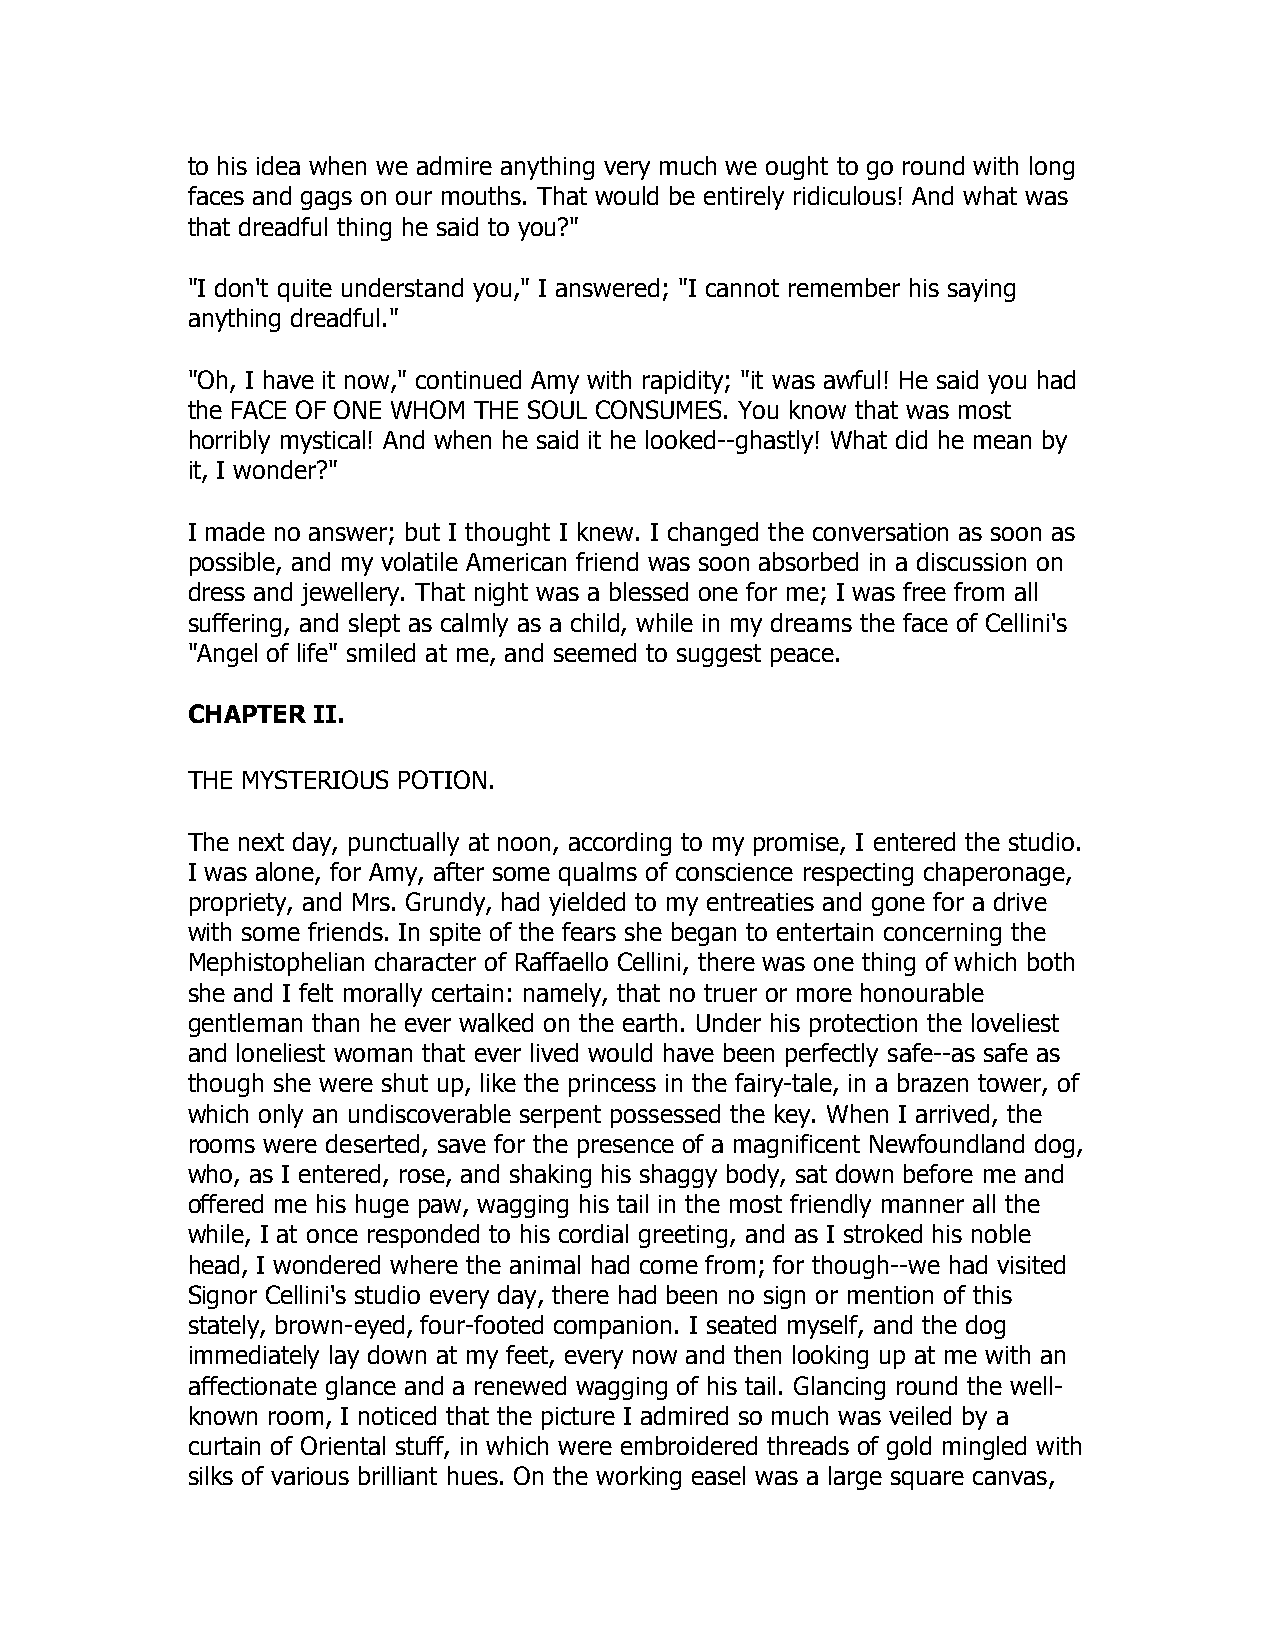
to his idea when we admire anything very much we ought to go round with long
 faces and gags on our mouths. That would be entirely ridiculous! And what was
 that dreadful thing he said to you?"
 "I don't quite understand you," I answered; "I cannot remember his saying
 anything dreadful."
 "Oh, I have it now," continued Amy with rapidity; "it was awful! He said you had
 the FACE OF ONE WHOM THE SOUL CONSUMES. You know that was most
 horribly mystical! And when he said it he looked--ghastly! What did he mean by
 it, I wonder?"
 I made no answer; but I thought I knew. I changed the conversation as soon as
 possible, and my volatile American friend was soon absorbed in a discussion on
 dress and jewellery. That night was a blessed one for me; I was free from all
 suffering, and slept as calmly as a child, while in my dreams the face of Cellini's
 "Angel of life" smiled at me, and seemed to suggest peace.
 CHAPTER  II.
 THE MYSTERIOUS POTION.
 The next day, punctually at noon, according to my promise, I entered the studio.
 I was alone, for Amy, after some qualms of conscience respecting chaperonage,
 propriety, and Mrs. Grundy, had yielded to my entreaties and gone for a drive
 with some friends. In spite of the fears she began to entertain concerning the
 Mephistophelian character of Raffaello Cellini, there was one thing of which both
 she and I felt morally certain: namely, that no truer or more honourable
 gentleman than he ever walked on the earth. Under his protection the loveliest
 and loneliest woman that ever lived would have been perfectly safe--as safe as
 though she were shut up, like the princess in the fairy-tale, in a brazen tower, of
 which only an undiscoverable serpent possessed the key. When I arrived, the
 rooms were deserted, save for the presence of a magnificent Newfoundland dog,
 who, as I entered, rose, and shaking his shaggy body, sat down before me and
 offered me his huge paw, wagging his tail in the most friendly manner all the
 while, I at once responded to his cordial greeting, and as I stroked his noble
 head, I wondered where the animal had come from; for though--we had visited
 Signor Cellini's studio every day, there had been no sign or mention of this
 stately, brown-eyed, four-footed companion. I seated myself, and the dog
 immediately lay down at my feet, every now and then looking up at me with an
 affectionate glance and a renewed wagging of his tail. Glancing round the well-
 known room, I noticed that the picture I admired so much was veiled by a
 curtain of Oriental stuff, in which were embroidered threads of gold mingled with
 silks of various brilliant hues. On the working easel was a large square canvas,